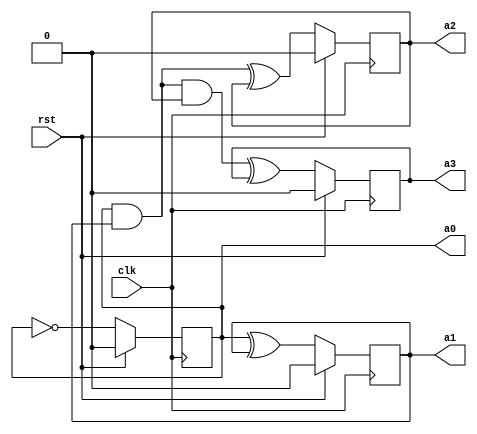
module four_bit_counter(clk, rst, a0, a1, a2, a3);
input clk, rst;
output reg a0, a1, a2, a3;
always @ (posedge clk) begin
 if (rst) begin
   a0 <= 1'b0;
   a1 <= 1'b0;
   a2 <= 1'b0;
   a3 <= 1'b0;
 end else begin
   a0 <= ~a0;
   a1 <= a0 ^ a1;
   a2 <= (a0 & a1) ^ a2;
   a3 <= ((a0 & a1) & a2) ^ a3;
 end
end
endmodule